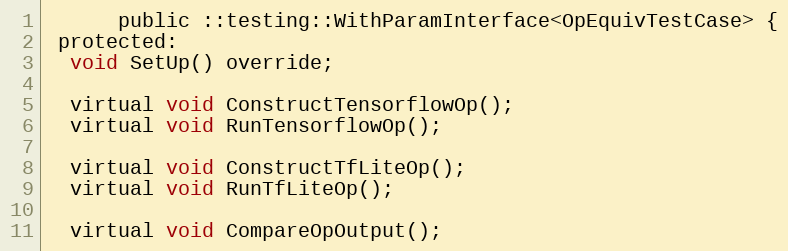
Language: C
      public ::testing::WithParamInterface<OpEquivTestCase> {
 protected:
  void SetUp() override;

  virtual void ConstructTensorflowOp();
  virtual void RunTensorflowOp();

  virtual void ConstructTfLiteOp();
  virtual void RunTfLiteOp();

  virtual void CompareOpOutput();